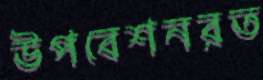
উপবেশনরত